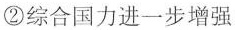
②综合国力进一步增强